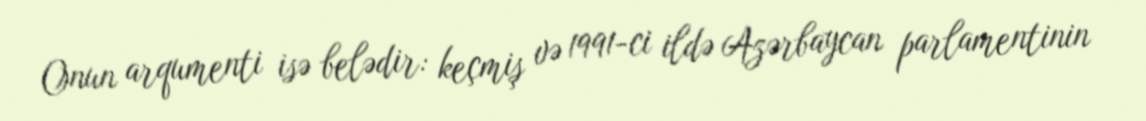
Onun arqumenti isə belədir: keçmiş və 1991-ci ildə Azərbaycan parlamentinin